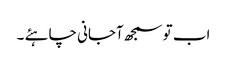
اب تو سمجھ آجانی چاہئے ۔